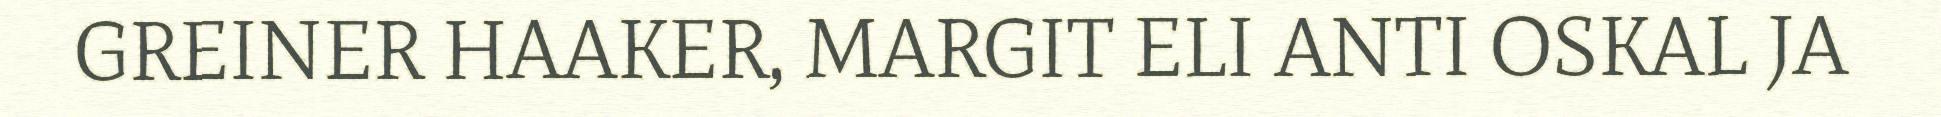
GREINER HAAKER, MARGIT ELI ANTI OSKAL JA